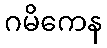
ဂမိကေန